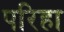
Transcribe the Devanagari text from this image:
परिहा